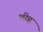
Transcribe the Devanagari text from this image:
लीह